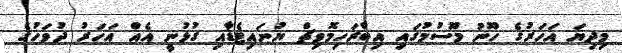
މިދިޔަ އަހަރުގެ ހޫނު މޫސުމުގައި އިބްރަހިމޮވިޗް ޔުނައިޓެޑާއި ގުޅުނީ އެއް އަހަރު ދުވަހުގެ